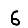
Digit: 6